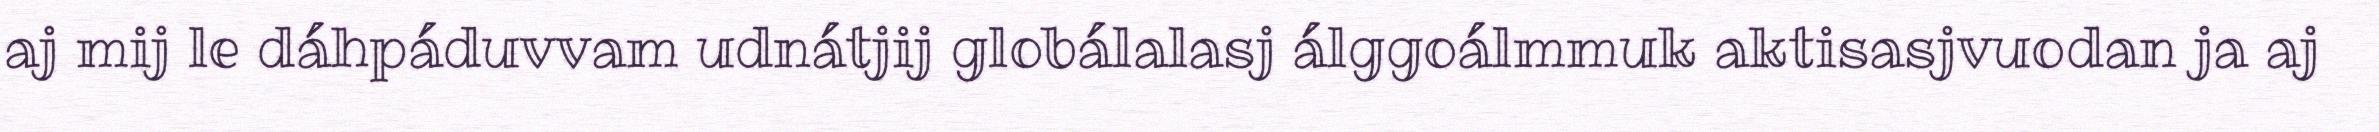
aj mij le dáhpáduvvam udnátjij globálalasj álggoálmmuk aktisasjvuodan ja aj